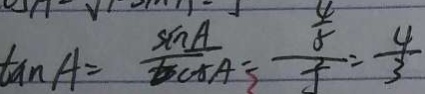
\tan A = \frac { \sin A } { \cos A } = \frac { \frac { 4 } { 5 } } { 5 } = \frac { 4 } { 3 }